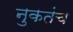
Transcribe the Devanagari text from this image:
नुकतंच